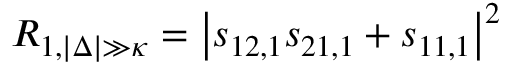
R _ { 1 , | \Delta | \gg \kappa } = \left| s _ { 1 2 , 1 } s _ { 2 1 , 1 } + s _ { 1 1 , 1 } \right| ^ { 2 }